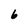
Character: 6